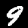
Label: 9